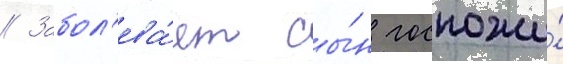
// Забол'ева́ет сы́н госпожи́